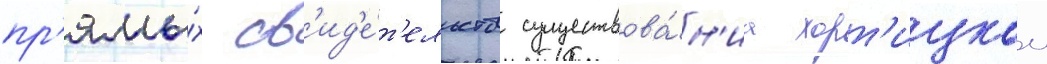
пр'ямы́х св'ид'е́т'ельств существова́н'иа хорт'ицкои